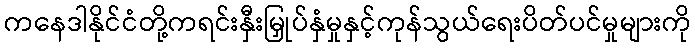
ကနေဒါနိုင်ငံတို့ကရင်းနှီးမြှုပ်နှံမှုနှင့်ကုန်သွယ်ရေးပိတ်ပင်မှုများကို